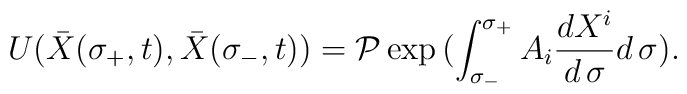
U({\bar X}(\sigma_{+},t), {\bar X}(\sigma_{-},t))= {\cal P}\exp{(\int^{\sigma_+}_{\sigma_-} A_i {d X^i\over d \, \sigma} d\,\sigma)}.